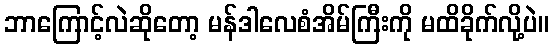
ဘာကြောင့်လဲဆိုတော့ မန်ဒါလေစံအိမ်ကြီးကို မထိခိုက်လို့ပဲ။